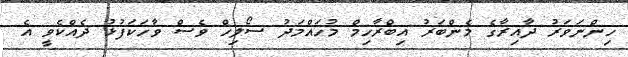
ހިންނަވަރު ދާއިރާގެ މެންބަރު އިބްރާހިމް މުހައްމަދު ސޯލިހް ވެސް ވާހަކަފުޅު ދެއްކެވީ އެ